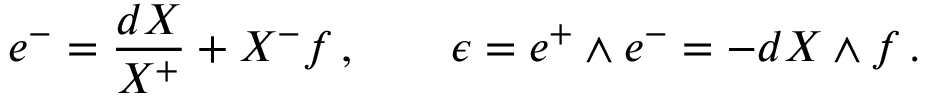
e ^ { - } = \frac { d X } { X ^ { + } } + X ^ { - } f \, , \qquad \epsilon = e ^ { + } \wedge e ^ { - } = - d X \wedge f \, .